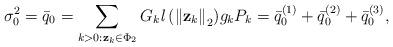
LaTeX: \begin{align*}\!\!\!\!\!\! \sigma_0^2 = \bar{q}_0 = \sum\limits_{k>0:\bold{z}_k\in \Phi_2} {G_k \mathit{l}\left({\Vert \bold{z}_k \Vert}_2\right)} g_k P_k = \bar{q}_0^{(1)} + \bar{q}_0^{(2)} + \bar{q}_0^{(3)},\end{align*}